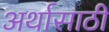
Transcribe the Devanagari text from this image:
अर्थासाठी